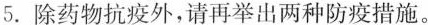
5.除药物抗疫外，请再举出两种防疫措施。